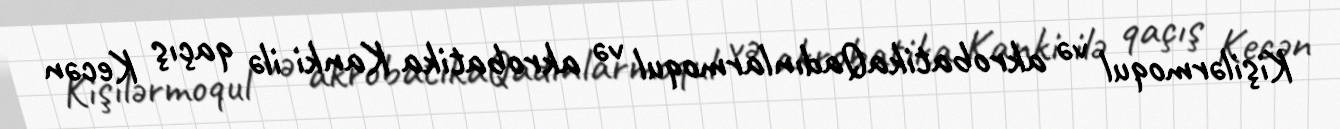
Kişilərmoqul və akrobatikaQadınlarmoqul və akrobatika Kanki ilə qaçış Kecən